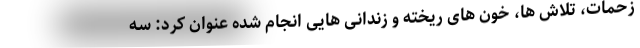
زحمات، تلاش ها، خون های ریخته و زندانی هایی انجام شده عنوان کرد: سه